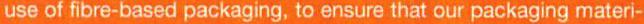
use of fibre-based packaging, to ensure that our packaging materi-